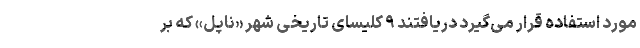
مورد استفاده قرار می‌گیرد دریافتند ۹ کلیسای تاریخی شهر «ناپل» که بر